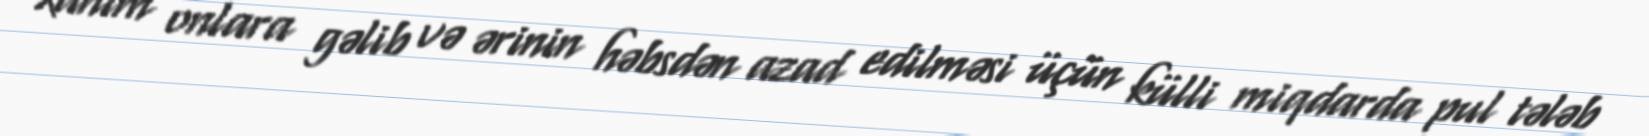
xanım onlara gəlib və ərinin həbsdən azad edilməsi üçün külli miqdarda pul tələb